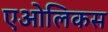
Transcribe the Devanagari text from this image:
एओलिकस